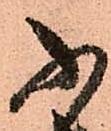
ふ